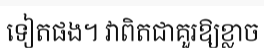
ទៀតផង។ វាពិតជាគួរឱ្យខ្លាច